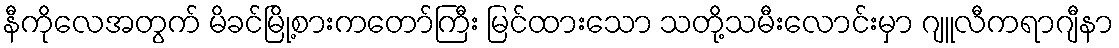
နီကိုလေအတွက် မိခင်မြို့စားကတော်ကြီး မြင်ထားသော သတို့သမီးလောင်းမှာ ဂျူလီကရာဂျီနာ